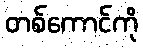
တစ်ကောင်ကို